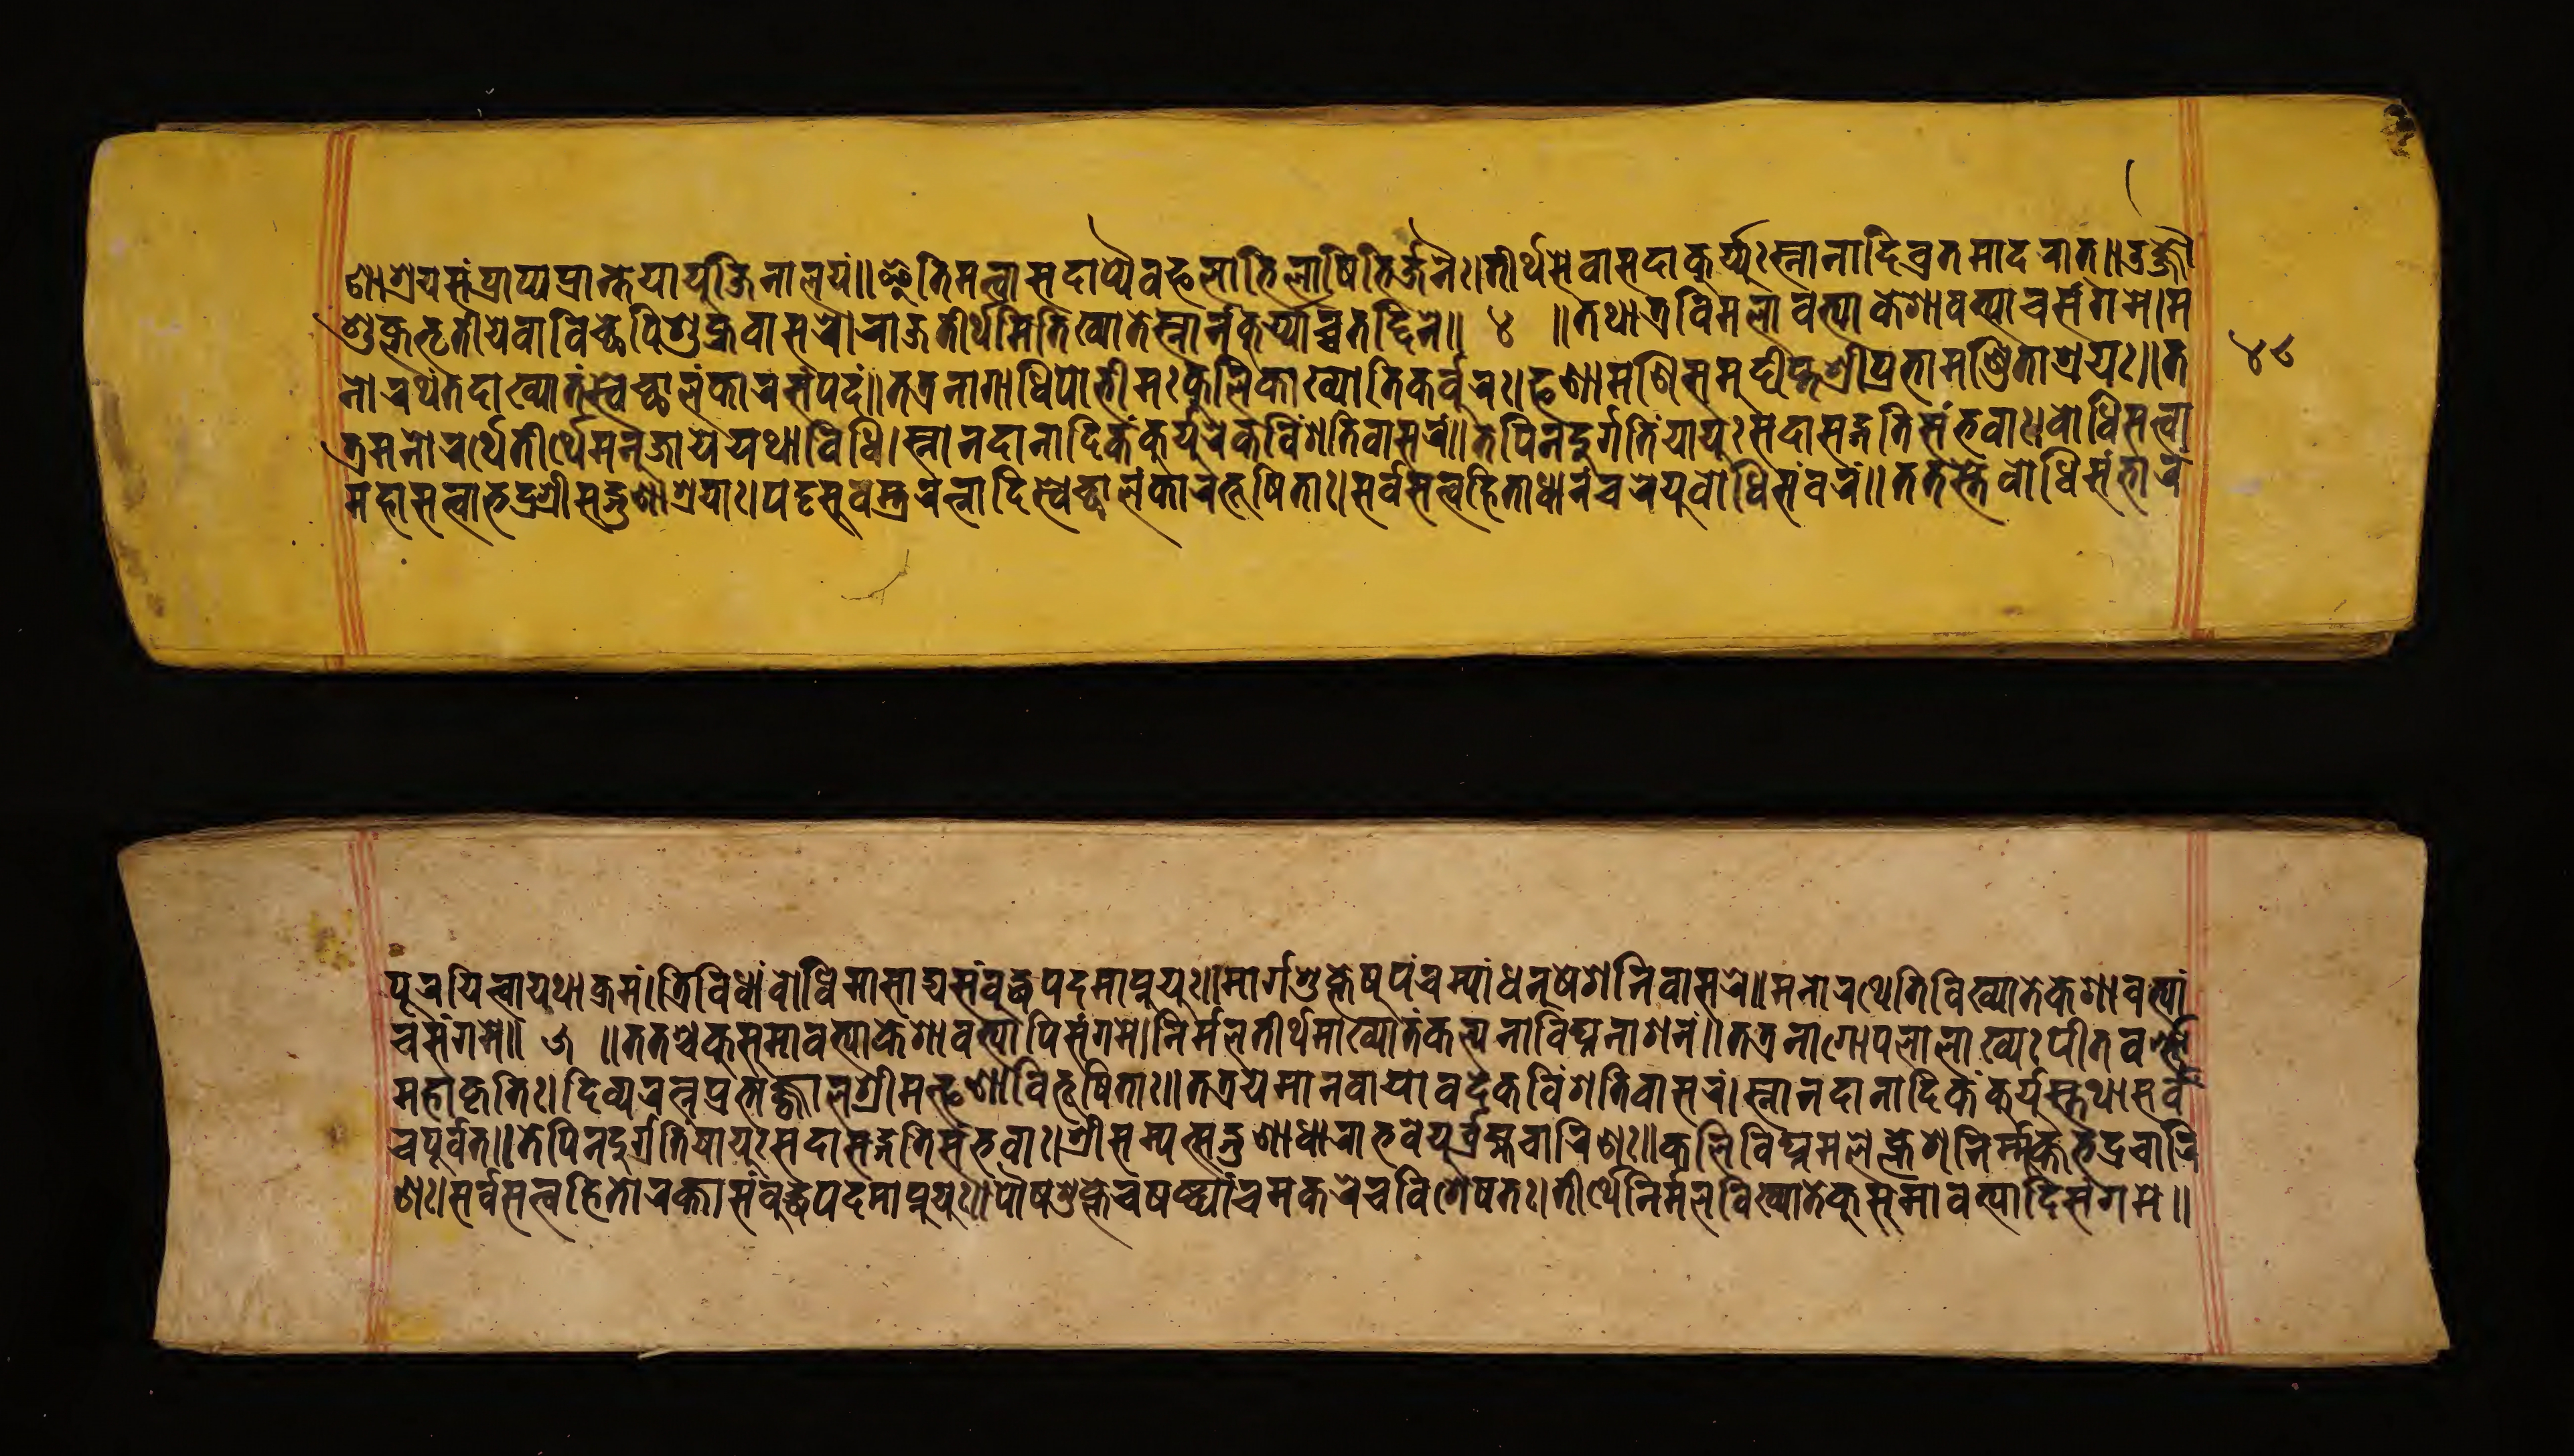
𑐞𑐵𑐱𑑂𑐬𑐫𑐳𑑄𑐥𑑂𑐬𑐵𑐥𑑂𑐫𑐥𑑂𑐬𑐵𑐎𑑂𑐟𑐾𑐫𑐵𑐫𑐸𑐖𑐶𑐣𑐵𑐮𑐫𑑄॥𑐂𑐟𑐶𑐳𑐟𑑂𑐰𑐩𑐟𑑂𑐰𑐵𑐳𑐡𑐵𑐥𑑂𑐫𑐿𑐰𑐨𑐮𑐵𑐟𑐶𑐮𑐵𑐲𑐶𑐟𑐶𑐬𑑂𑐖𑐬𑐿॥𑐟𑐷𑐬𑑂𑐠𑐳𑐾𑐰𑐵𑐳𑐡𑐵𑐎𑐹𑐬𑑂𑐫𑑂𑐫𑐸𑑅𑐳𑑂𑐣𑐵𑐣𑐵𑐡𑐶𑐰𑑂𑐬𑐟𑐩𑐵𑐡𑐬𑐵𑐟𑑂॥𑐡𑑂𑐬𑐖𑑂𑐖𑑁 𑐱𑐸𑐎𑑂𑐮𑐨𑐺𑐟𑐷𑐫𑐾𑐰𑐵𑐰𑐶𑐔𑑂𑐕𑐥𑐶𑐱𑐸𑐎𑑂𑐬𑐰𑐵𑐳𑐬𑑀𑐬𑐵𑐖𑐟𑐷𑐬𑑂𑐠𑐳𑐶𑐟𑐶𑐏𑑂𑐫𑐵𑐟𑐾𑐳𑑂𑐣𑐵𑐬𑑂𑐣𑐎𑐸𑐬𑑂𑐫𑑂𑐫𑐵𑐔𑑂𑐔𑐟𑐡𑑂𑐡𑐶𑐩𑐾॥ 𑑔 ॥𑐟𑐠𑐵𑐟𑑂𑐬𑐰𑐶𑐩𑐮𑐵𑐰𑐟𑑂𑐫𑐵𑐎𑐾𑐱𑐵𑐰𑐟𑑂𑐫𑐵𑐔𑐳𑑄𑐐𑐩𑐾।𑐩 𑐣𑑀𑐬𑐠𑑄𑐟𑐡𑐵𑐏𑑂𑐫𑐵𑐟𑑄𑐳𑑂𑐰𑐾𑐔𑑂𑐕𑐵𑐮𑑄𑐎𑐵𑐬𑐳𑑄𑐥𑑂𑐬𑐡𑑄॥𑐟𑐟𑑂𑐬𑐣𑐵𑐐𑐵𑐢𑐶𑐥𑑀𑐨𑐷𑐩𑑅𑐎𑐸𑐮𑐶𑐎𑐵𑐏𑑂𑐫𑑀𑐟𑐶𑐎𑐬𑑂𑐰𑐸𑐬𑑅।𑐦𑐞𑐵𑐩𑐞𑐶𑐳𑐩𑐸𑐡𑑂𑐡𑐷𑐥𑑂𑐟𑐱𑑂𑐬𑐷𑐥𑑂𑐬𑐨𑐵𑐩𑐞𑑂𑐜𑐶𑐟𑐵𑐱𑑂𑐬𑐫𑑅॥𑐟 𑐟𑑂𑐬𑐩𑐣𑑀𑐬𑐠𑐾𑐟𑐷𑐬𑑂𑐠𑐾𑐩𑐣𑐸𑐖𑐵𑐫𑐾𑐫𑐠𑐵𑐰𑐶𑐢𑐶𑑅।𑐳𑑂𑐣𑐵𑐣𑐡𑐵𑐣𑐵𑐡𑐶𑐎𑑄𑐎𑐸𑐬𑑂𑐫𑐸𑐬𑐾𑐎𑐰𑐶𑐱𑐟𑐶𑐰𑐵𑐳𑐬𑑄॥𑐟𑐾𑐥𑐶𑐣𑐡𑐸𑐬𑑂𑐐𑐟𑐶𑑄𑐫𑐵𑐫𑐸𑑅𑐳𑐡𑐵𑐳𑐡𑑂𑐐𑐟𑐶𑐳𑑄𑐨𑐰𑐵𑑅।𑐧𑑀𑐢𑐶𑐳𑐟𑑂𑐟𑑂𑐰𑐵 𑐩𑐴𑐵𑐳𑐟𑑂𑐟𑑂𑐰𑐵𑐨𑐡𑑂𑐬𑐱𑑂𑐬𑐷𑐳𑐡𑑂𑐐𑐸𑐞𑐵𑐱𑑂𑐬𑐫𑐵𑑅।𑐥𑐚𑑂𑐚𑐳𑐸𑐰𑐳𑑂𑐟𑑂𑐬𑐬𑐟𑑂𑐣𑐵𑐡𑐶𑐳𑑂𑐰𑐾𑐔𑑂𑐕𑐵𑐮𑑄𑐎𑐵𑐬𑐨𑐹𑐲𑐶𑐟𑐵𑑅।𑐳𑐬𑑂𑐰𑐳𑐟𑑂𑐟𑑂𑐰𑐴𑐶𑐟𑐵𑐢𑐵𑐣𑐔𑐬𑐾𑐬𑑂𑐫𑐸𑐬𑑂𑐧𑑀𑐢𑐶𑐳𑐰𑐬𑑄॥𑐟𑐟𑐳𑑂𑐟𑐾𑐧𑑀𑐢𑐶𑐳𑑄𑐨𑐵𑐬𑑄 𑐥𑐹𑐬𑐫𑐶𑐟𑑂𑐰𑐵𑐫𑐠𑐵𑐎𑑂𑐬𑐩𑑄।𑐟𑑂𑐬𑐶𑐰𑐶𑐢𑐵𑑄𑐧𑑀𑐢𑐶𑐩𑐵𑐳𑐵𑐡𑑂𑐫𑐳𑑄𑐧𑐸𑐡𑑂𑐢𑐥𑐡𑐩𑐵𑐥𑑂𑐣𑐸𑐫𑐸𑑅॥𑐩𑐵𑐬𑑂𑐐𑐱𑐸𑐎𑑂𑐟𑐾𑐲𑐸𑐥𑑄𑐔𑐩𑑂𑐫𑐵𑑄𑐢𑐣𑐸𑐲𑐾𑐐𑐾𑐣𑐶𑐰𑐵𑐳𑐬𑐾॥𑐳𑐣𑑀𑐬𑐠𑐶𑐟𑐶𑐰𑐶𑐏𑑂𑐫𑐵𑐟𑐾𑐎𑐐𑐵𑐰𑐨𑑂𑐫𑐵𑑄 𑐰𑑄𑐳𑑄𑐐𑐳𑐾॥ 𑑕 ॥𑐟𑐟𑐱𑑂𑐔𑐎𑐸𑐳𑐸𑐩𑐵𑐰𑐟𑑂𑐫𑐵𑐎𑐾𑐱𑐵𑐰𑐟𑑂𑐫𑐵𑐥𑐶𑐳𑑄𑐐𑐩𑐾।𑐣𑐶𑐬𑑂𑐩𑑂𑐩𑐮𑐟𑐷𑐬𑑂𑐠𑐩𑐵𑐏𑑂𑐫𑐵𑐟𑑄𑐎𑐮𑑂𑐥𑐣𑐵𑐰𑐶𑐑𑑂𑐣𑐣𑐵𑐱𑐣𑑄॥𑐟𑐟𑑂𑐬𑐣𑐵𑐐𑑀𑐥𑐮𑐵𑐮𑐵𑐏𑑂𑐫𑑅𑐥𑐷𑐟𑐰𑐬𑑂𑐞𑑂𑐞𑑀 𑐩𑐴𑐵𑐎𑐺𑐟𑐶𑑅।𑐡𑐶𑐰𑑂𑐫𑐬𑐟𑑂𑐣𑐥𑑂𑐬𑐨𑑀𑐖𑑂𑐖𑑂𑐰𑐵𑐮𑐱𑑂𑐬𑐷𑐩𑐟𑑂𑐦𑐞𑐵𑐰𑐶𑐨𑐹𑐲𑐶𑐟𑑅॥𑐟𑐟𑑂𑐬𑐫𑐾𑐩𑐵𑐣𑐰𑐵𑐫𑐵𑐰𑐡𑐾𑐎𑐰𑐶𑑄𑐱𑐟𑐶𑐰𑐵𑐳𑐬𑑄।𑐳𑑂𑐣𑐵𑐣𑐡𑐵𑐣𑐵𑐡𑐶𑐎𑑄𑐎𑐸𑐬𑑂𑐫𑐸𑐳𑑂𑐟𑐠𑐵𑐳𑐬𑑂𑐰𑐾 𑐔𑐥𑐹𑐬𑑂𑐰𑐰𑐟𑑂॥𑐟𑐾𑐥𑐶𑐣𑐡𑐸𑐬𑑂𑐐𑐟𑐶𑑄𑐫𑐵𑐫𑐸𑑅𑐳𑐡𑐵𑐳𑐒𑑂𑐐𑐟𑐶𑐳𑑄𑐨𑐰𑐵𑑅।𑐱𑑂𑐬𑐷𑐳𑐩𑑂𑐫𑐎𑑂𑐳𑐣𑑂𑐡𑐸𑐱𑐵𑐢𑐵𑐬𑐵𑐨𑐰𑐾𑐫𑐹𑐬𑑂𑐧𑑂𑐬𑐴𑑂𑐩𑐰𑐵𑐬𑐶𑐞𑑅॥𑐎𑐮𑐶𑐰𑐶𑐑𑑂𑐣𑐩𑐮𑐎𑑂𑐮𑐾𑐱𑐣𑐶𑐬𑑂𑐩𑐸𑐎𑑂𑐟𑐨𑐡𑑂𑐬𑐔𑐵𑐬𑐶 𑐞𑑅।𑐳𑐬𑑂𑐰𑐳𑐟𑑂𑐟𑑂𑐰𑐴𑐶𑐟𑐵𑐬𑐎𑑂𑐟𑐵𑐧𑐸𑐡𑑂𑐢𑐥𑐡𑐩𑐵𑐥𑑂𑐣𑐸𑐫𑐸𑑅॥𑐥𑑀𑐲𑐱𑐸𑐎𑑂𑐟𑐾𑐔𑐲𑐢𑑂𑐫𑐵𑑄𑐔𑐩𑐎𑐬𑐾𑐔𑐰𑐶𑐱𑐾𑐲𑐟𑑅।𑐟𑐷𑐬𑑂𑐠𑐾𑐣𑐶𑐬𑑂𑐩𑐮𑐰𑐶𑐏𑑂𑐫𑐵𑐟𑐾𑐎𑐸𑐳𑑂𑐬𑐩𑐵𑐰𑐨𑑂𑐫𑐵𑐡𑐶𑐳𑑄𑐐𑐩𑐾॥ 𑑔𑑘